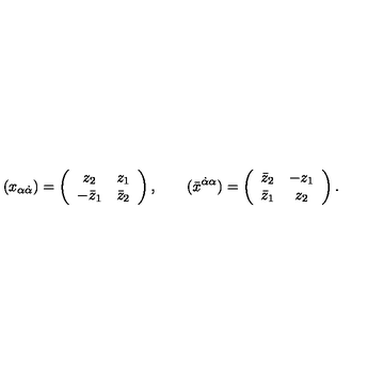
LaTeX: ( x _ { \alpha \dot { \alpha } } ) = \left( \begin{array} { c c } { z _ { 2 } } & { z _ { 1 } } \\ { - \bar { z } _ { 1 } } & { \bar { z } _ { 2 } } \\ \end{array} \right) , \qquad ( \bar { x } ^ { \dot { \alpha } \alpha } ) = \left( \begin{array} { c c } { \bar { z } _ { 2 } } & { - z _ { 1 } } \\ { \bar { z } _ { 1 } } & { z _ { 2 } } \\ \end{array} \right) .